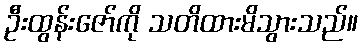
ဦးထွန်းဇော်ကို သတိထားမိသွားသည်။